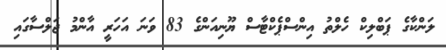
ލަންކާގެ ޕަބްލިކް ހެލްތު އިންސްޕެކްޓާސް ޔޫނިއަންގެ 83 ވަނަ އަހަރީ އާންމު ޖަލްސާގައި